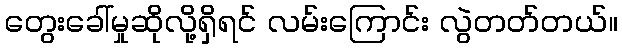
တွေးခေါ်မှုဆိုလို့ရှိရင် လမ်းကြောင်း လွဲတတ်တယ်။